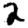
Digit: 2